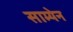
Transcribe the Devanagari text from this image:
साम्येन